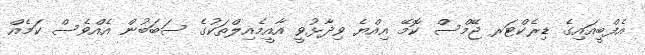
އެފްބީއައިގެ ޑިރެކްޓަރ ޖޭމްސް ކޮމޭ އިއްޔެ ވިދާޅުވީ އާއީމެއިލްތަކުގެ ސަބަބުން އެއްވެސް ކަމެއް